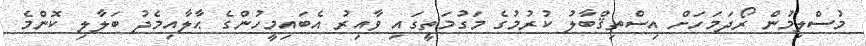
މުސްލިމުން ރޯދަމަހަށް އިސްތިޤްބާލު ކުރުމުގެ މަގުމަތީގައި ވާއިރު އެބައިމީހުންގެ ޙާލާއިމެދު ބަލާލި ކޮންމެ